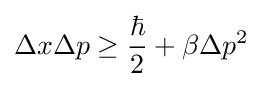
\Delta x\Delta p\geq {\frac {\hbar }{2}}+\beta \Delta p^{2}